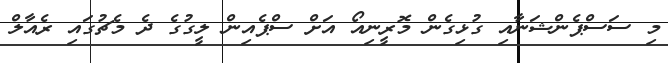
މި ސަސްޕެންޝަނާއި ގުޅިގެން މޮރީނިއޯ އަށް ސްޕެއިން ލީގުގެ ދެ މެޗުގައި ރެއާލް